画像に写った文字を読んでください
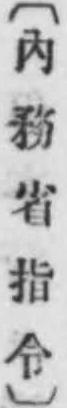
「〔內務省指令〕」と書いてあります